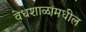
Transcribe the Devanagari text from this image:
वेधशाळांमधील